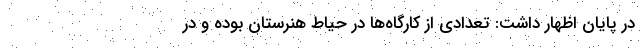
در پایان اظهار داشت: تعدادی از کارگاه‌ها در حیاط هنرستان بوده و در